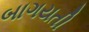
બાગયતી